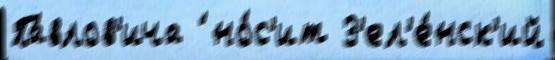
Па́влов'ича ́ но́с'ит З'ел'е́нск'ий